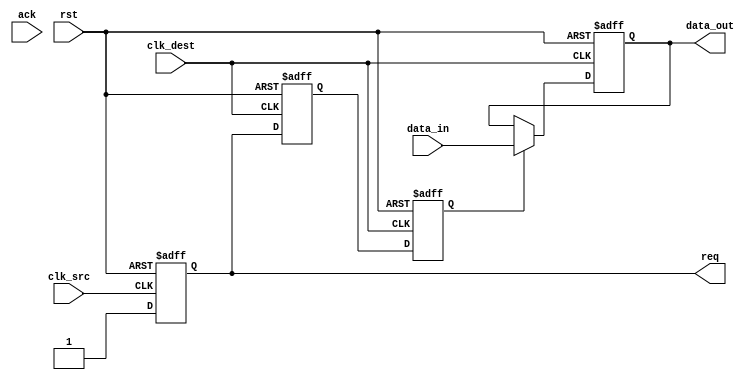
module handshake_synchronizer (
    input wire clk_src,        // Source clock
    input wire clk_dest,       // Destination clock
    input wire rst,            // Asynchronous reset
    input wire [7:0] data_in,  // Data input from source clock domain
    output reg [7:0] data_out,  // Data output to destination clock domain
    output reg req,            // Request signal from source
    input wire ack             // Acknowledgment signal from destination
);

    // Internal signals
    reg req_sync_1, req_sync_2; // Synchronization registers for req
    reg ack_sync_1, ack_sync_2; // Synchronization registers for ack
    reg data_valid;             // Flag to indicate valid data in dest domain

    // Generate req signal in source domain
    always @(posedge clk_src or posedge rst) begin
        if (rst) begin
            req <= 1'b0;
        end else begin
            req <= 1'b1; // Assert req when data is ready to be sent
        end
    end

    // Synchronize req signal to destination clock domain
    always @(posedge clk_dest or posedge rst) begin
        if (rst) begin
            req_sync_1 <= 1'b0;
            req_sync_2 <= 1'b0;
        end else begin
            req_sync_1 <= req;       // First stage of synchronization
            req_sync_2 <= req_sync_1; // Second stage of synchronization
        end
    end

    // Handle data transfer in destination clock domain
    always @(posedge clk_dest or posedge rst) begin
        if (rst) begin
            data_out <= 8'b0;       // Reset output data
            data_valid <= 1'b0;     // Data valid flag reset
        end else if (req_sync_2) begin
            data_out <= data_in;    // Transfer data when req is asserted
            data_valid <= 1'b1;      // Mark data as valid
        end else if (ack_sync_2) begin
            data_valid <= 1'b0;      // Clear data valid flag upon ack
        end
    end

    // Synchronize ack signal to source clock domain
    always @(posedge clk_src or posedge rst) begin
        if (rst) begin
            ack_sync_1 <= 1'b0;     
            ack_sync_2 <= 1'b0;     
        end else begin
            ack_sync_1 <= ack;      // First stage of synchronization
            ack_sync_2 <= ack_sync_1; // Second stage of synchronization
        end
    end

endmodule